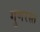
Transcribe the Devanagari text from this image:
गुणरस्त